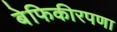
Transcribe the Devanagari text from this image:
बेफिकीरपणा